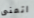
اتمنى